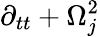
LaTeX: \partial_{tt}+\Omega_{j}^{2}